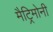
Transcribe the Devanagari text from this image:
मैट्रिमोनी